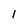
Character: 1